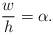
LaTeX: \begin{align*}\frac{w}{h} = \alpha. \end{align*}